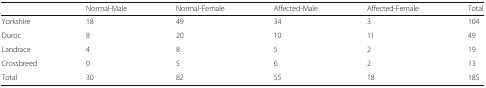
<table><thead><tr><td></td><td><b>Normal-Male</b></td><td><b>Normal-Female</b></td><td><b>Affected-Male</b></td><td><b>Affected-Female</b></td><td><b>Total</b></td></tr></thead><tbody><tr><td>Yorkshire</td><td>18</td><td>49</td><td>34</td><td>3</td><td>104</td></tr><tr><td>Duroc</td><td>8</td><td>20</td><td>10</td><td>11</td><td>49</td></tr><tr><td>Landrace</td><td>4</td><td>8</td><td>5</td><td>2</td><td>19</td></tr><tr><td>Crossbreed</td><td>0</td><td>5</td><td>6</td><td>2</td><td>13</td></tr><tr><td>Total</td><td>30</td><td>82</td><td>55</td><td>18</td><td>185</td></tr></tbody></table>